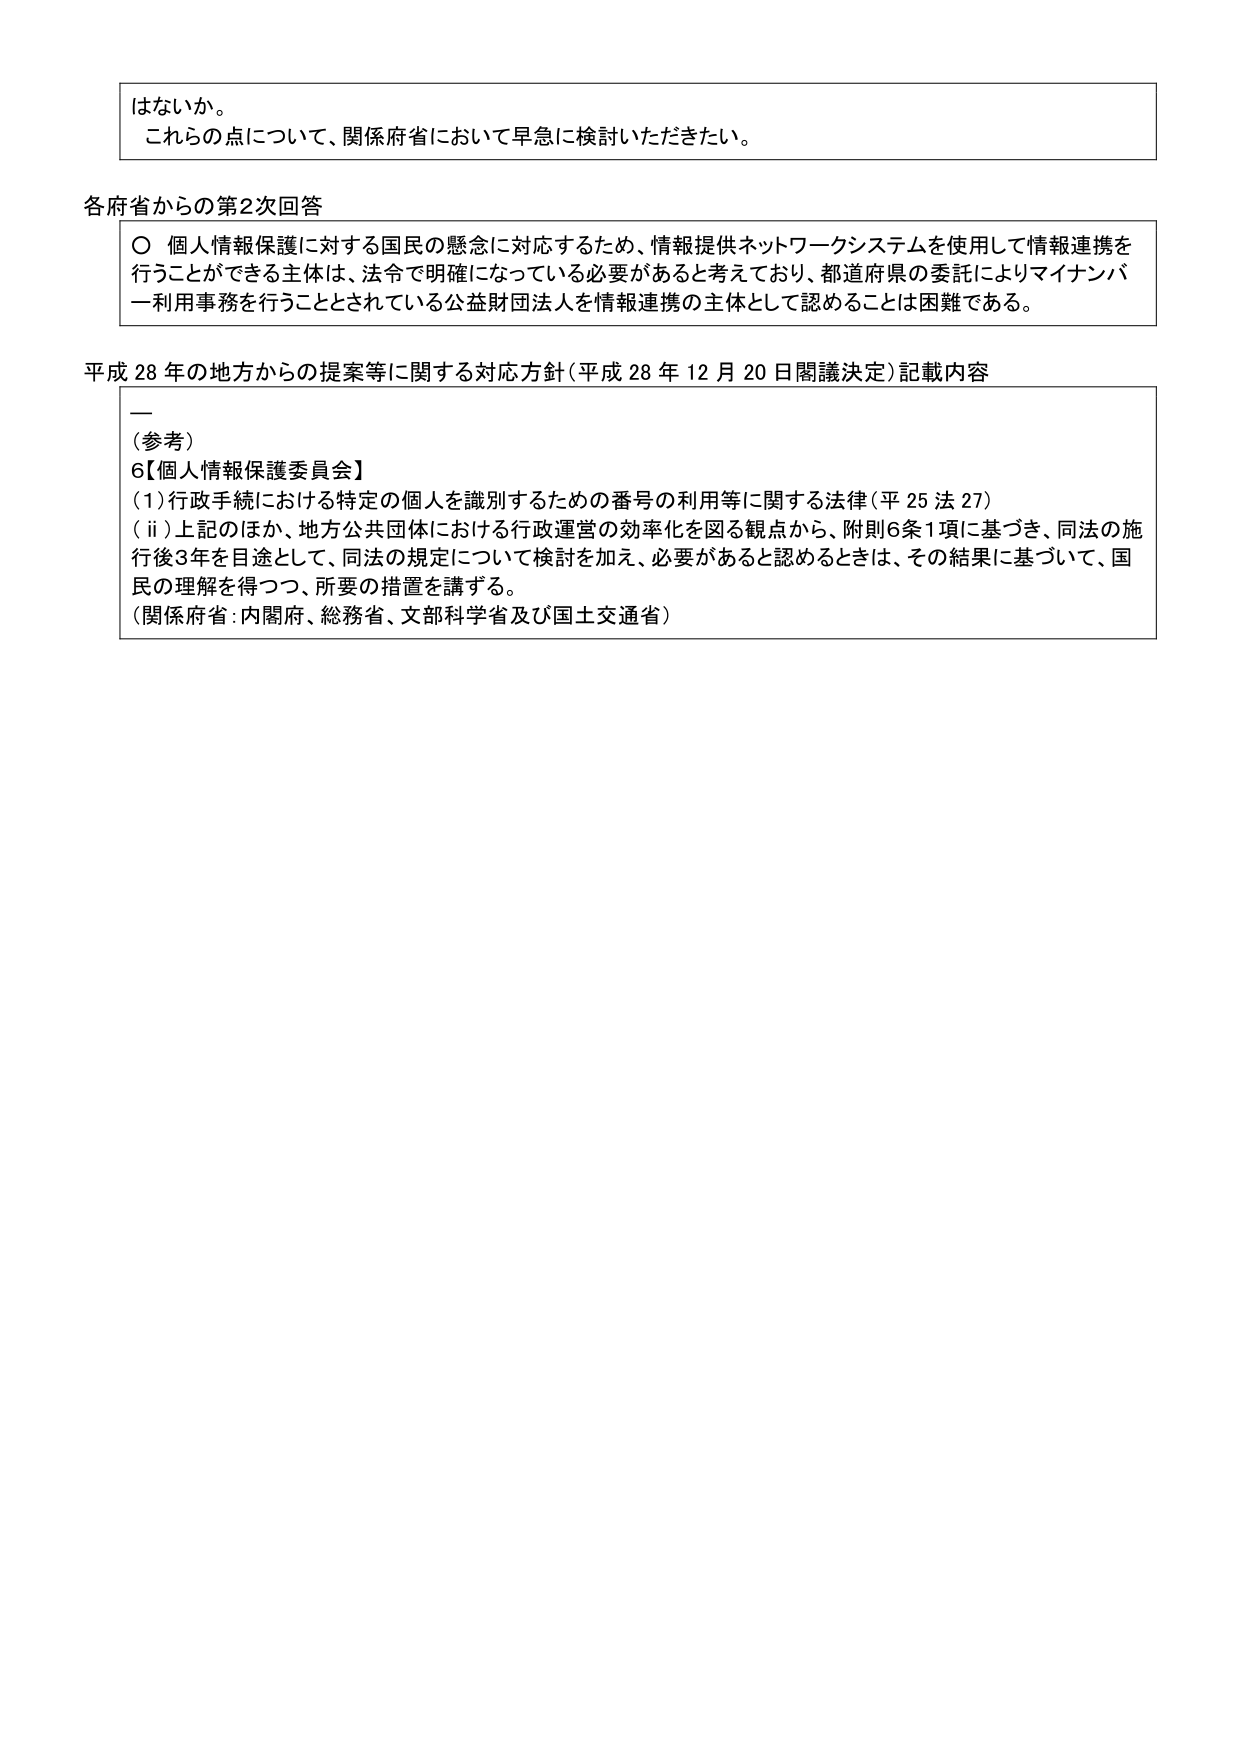
はないか。
これらの点について、関係府省において早急に検討いただきたい。

各府省からの第2次回答
○ 個人情報保護に対する国民の懸念に対応するため、情報提供ネットワークシステムを使用して情報連携を行うことができる主体は、法令で明確になっている必要があると考えており、都道府県の委託によりマイナンバー利用事務を行うこととされている公益財団法人を情報連携の主体として認めるることは困難である。

平成28年の地方からの提案等に関する対応方針（平成28年12月20日閣議決定）記載内容
—
（参考）
6【個人情報保護委員会】
（ⅰ）行政手続における特定の個人を識別するための番号の利用等に関する法律（平25法27）
（ⅱ）上記のほか、地方公共団体における行政運営の効率化を図る観点から、附則6条1項に基づき、同法の施行後3年を目途として、同法の規定について検討を加え、必要があると認めるときは、その結果に基づいて、国民の理解を得つつ、所要の措置を講ずる。
（関係府省：内閣府、総務省、文部科学省及び国土交通省）